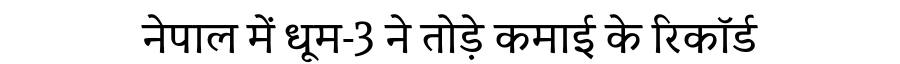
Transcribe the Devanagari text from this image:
नेपाल में धूम-3 ने तोड़े कमाई के रिकॉर्ड